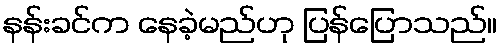
နန်းခင်က နေခဲ့မည်ဟု ပြန်ပြောသည်။